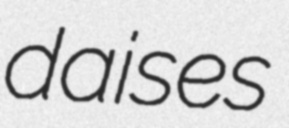
daises